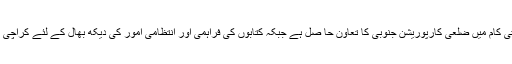
لیاری بلوچ چوک لائبریری کے تعمیراتی کام میں ضلعی کارپوریشن جنوبی کا تعاون حا صل ہے جبکہ کتابوں کی فراہمی اور انتظامی امور کی دیکھ بھال کے لئے کراچی انتظامیہ خصوصی اقدامات کر رہی ہے۔